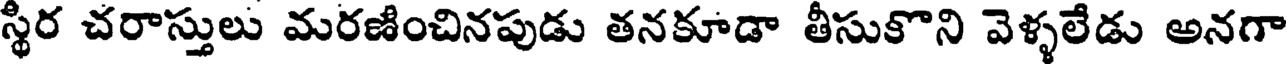
స్థిర చరాస్తులు మరణించినపుడు తనకూడా తీసుకొని వెళ్ళలేడు అనగా